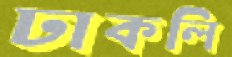
ঢাকলি